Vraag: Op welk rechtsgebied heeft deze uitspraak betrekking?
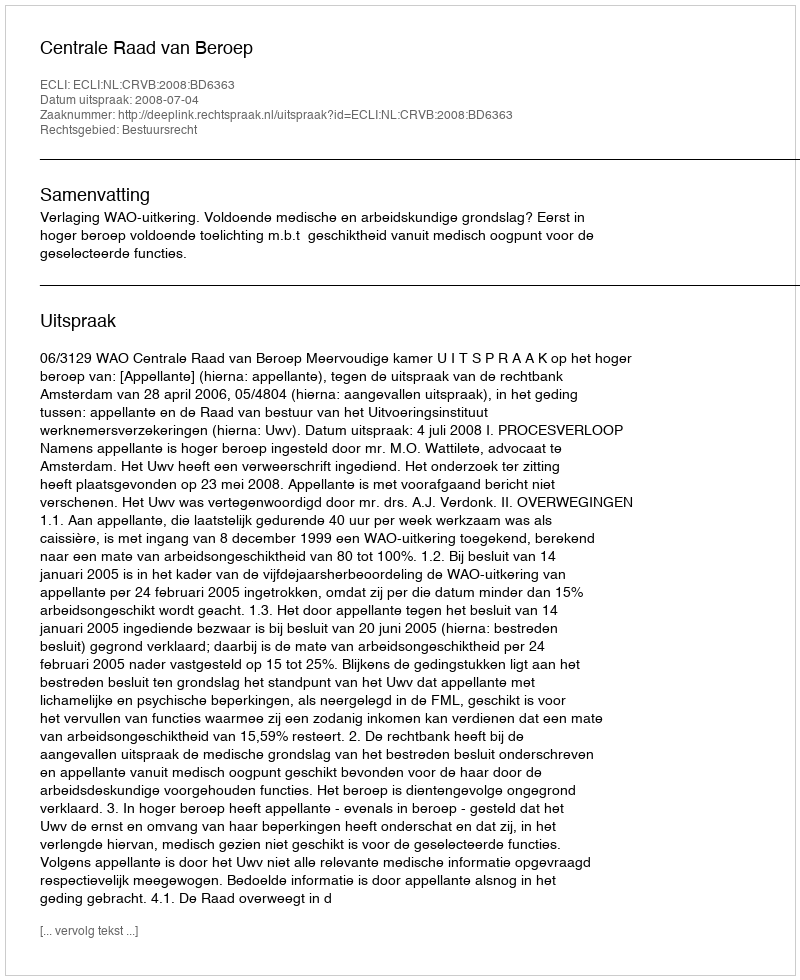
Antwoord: Bestuursrecht